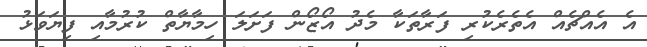
އެ އެއްޗެއް އެތެރެކުރި ފަރާތަކާ މެދު އޯޒޯން ފަށަލަ ހިމާޔާތް ކުރުމާއި ފިޔަވަޅު